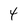
Character: 4